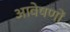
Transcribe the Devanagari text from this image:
आवेषणों